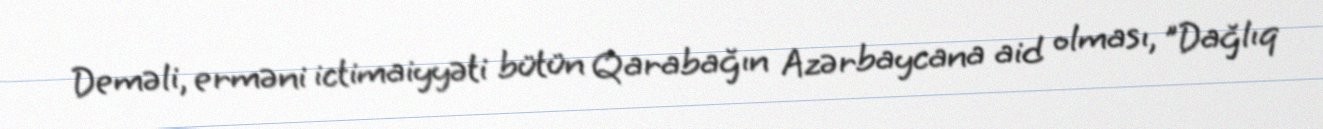
Deməli, erməni ictimaiyyəti bütün Qarabağın Azərbaycana aid olması, "Dağlıq